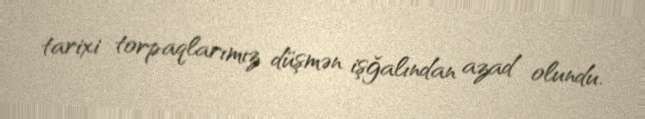
tarixi torpaqlarımız düşmən işğalından azad olundu.